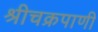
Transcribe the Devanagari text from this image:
श्रीचक्रपाणी